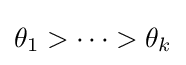
\theta _{1}>\cdots >\theta _{k}